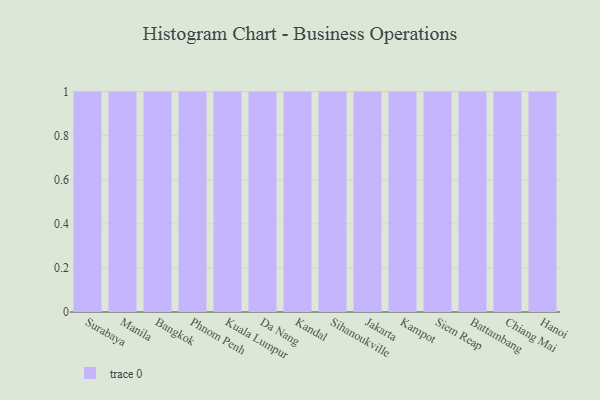
{"axis": {"x": "City", "y": "Latency (ms)"}, "legend": [""], "data": [{"x": "Surabaya", "y": 17, "type": ""}, {"x": "Manila", "y": 83, "type": ""}, {"x": "Bangkok", "y": 15, "type": ""}, {"x": "Phnom Penh", "y": 72, "type": ""}, {"x": "Kuala Lumpur", "y": 27, "type": ""}, {"x": "Da Nang", "y": 87, "type": ""}, {"x": "Kandal", "y": 89, "type": ""}, {"x": "Sihanoukville", "y": 28, "type": ""}, {"x": "Jakarta", "y": 56, "type": ""}, {"x": "Kampot", "y": 27, "type": ""}, {"x": "Siem Reap", "y": 8, "type": ""}, {"x": "Battambang", "y": 57, "type": ""}, {"x": "Chiang Mai", "y": 51, "type": ""}, {"x": "Hanoi", "y": 76, "type": ""}]}